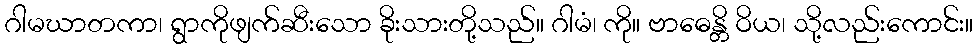
ဂါမဃာတကာ၊ ရွာကိုဖျက်ဆီးသော ခိုးသားတို့သည်။ ဂါမံ၊ ကို။ ဗာဓေန္တိ ဝိယ၊ သို့လည်းကောင်း။